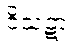
ဝိသဋာ